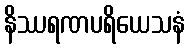
နိဿရဏပရိယေသနံ